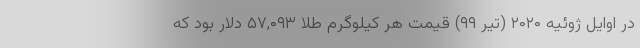
در اوایل ژوئیه ۲۰۲۰ (تیر ۹۹) قیمت هر کیلوگرم طلا ۵۷,۰۹۳ دلار بود که